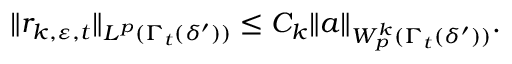
\| r _ { k , \ensuremath { \varepsilon } , t } \| _ { L ^ { p } ( \Gamma _ { t } ( \delta ^ { \prime } ) ) } \leq C _ { k } \| a \| _ { W _ { p } ^ { k } ( \Gamma _ { t } ( \delta ^ { \prime } ) ) } .